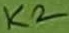
Text: K2